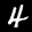
Label: 4